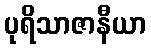
ပုရိသာဇာနီယာ